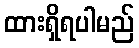
ထားရှိရပါမည်